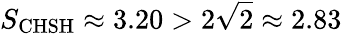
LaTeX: S_{\mathrm{CHSH}}\approx 3.20>2\sqrt{2}\approx 2.83